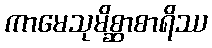
ကာမေသုမိစ္ဆာစာရိဿ